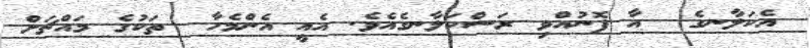
އެކަލާނގެ  އާ ފޮނުއްވި ރަސްކަލާނގެއެވެ. އެއީ އެންމެހާ  ތަކުގެ މައްޗަށް